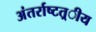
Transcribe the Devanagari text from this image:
अंतर्राष्‍टत्र्ीय